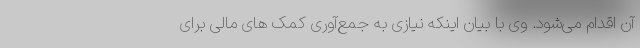
آن اقدام می‌شود. وی با بیان اینکه نیازی به جمع‌آوری کمک های مالی برای